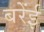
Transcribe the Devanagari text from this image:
बरेंई